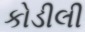
કોડીલી